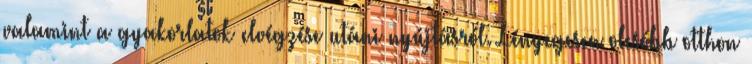
valamint a gyakorlatok elvégzése utáni nyújtásról. Lényegesen olcsóbb otthon